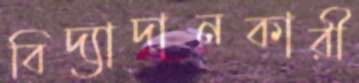
বিদ্যাদানকারী